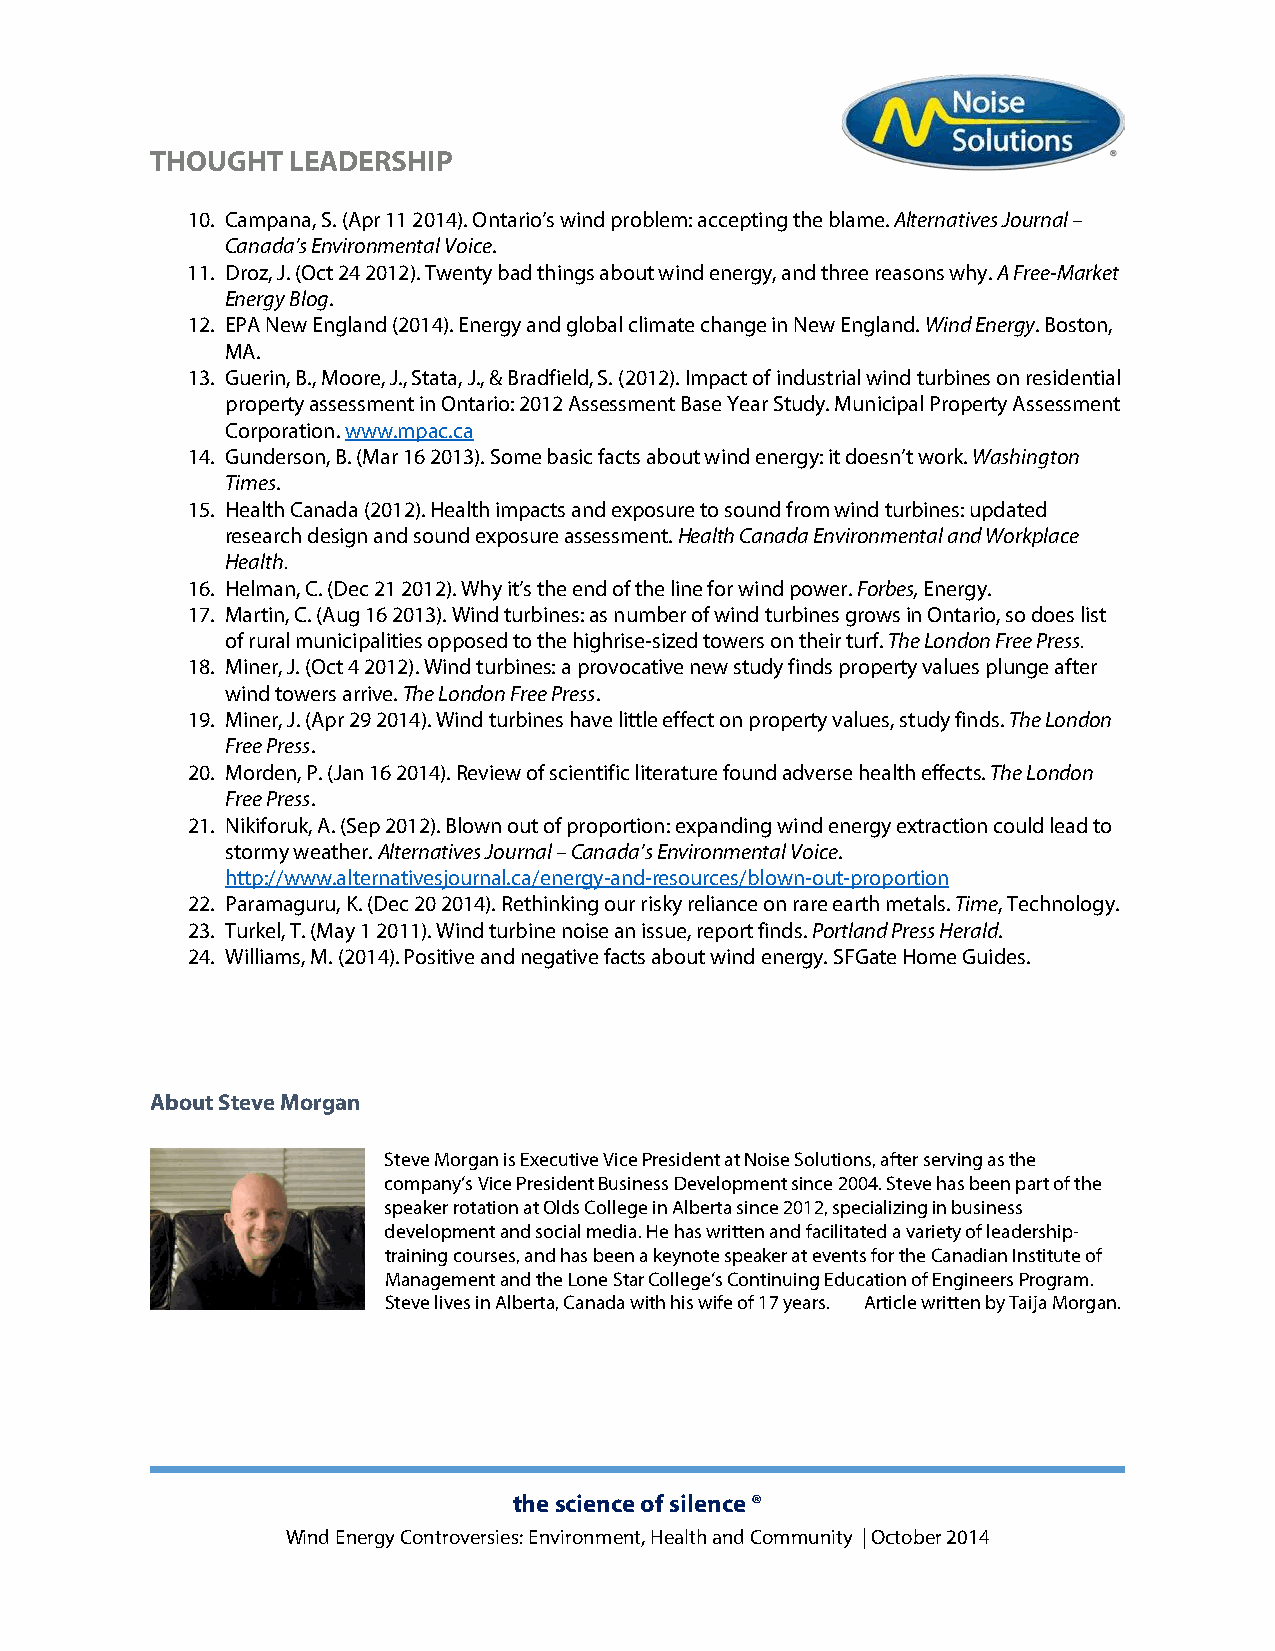
THOUGHT  LEADERSHIP
 10. Campana, S. (Apr 11 2014). Ontario’s wind problem: accepting the blame. Alternatives Journal –
 Canada’s Environmental Voice.
 11. Droz, J. (Oct 24 2012). Twenty bad things about wind energy, and three reasons why. A Free-Market
 Energy Blog.
 12. EPA New England (2014). Energy and global climate change in New England. Wind Energy. Boston,
 MA.
 13. Guerin, B., Moore, J., Stata, J., & Bradfield, S. (2012). Impact of industrial wind turbines on residential
 property assessment in Ontario: 2012 Assessment Base Year Study. Municipal Property Assessment
 Corporation. www.mpac.ca
 14. Gunderson, B. (Mar 16 2013). Some basic facts about wind energy: it doesn’t work. Washington
 Times.
 15. Health Canada (2012). Health impacts and exposure to sound from wind turbines: updated
 research design and sound exposure assessment. Health Canada Environmental and Workplace
 Health.
 16. Helman, C. (Dec 21 2012). Why it’s the end of the line for wind power. Forbes, Energy.
 17. Martin, C. (Aug 16 2013). Wind turbines: as number of wind turbines grows in Ontario, so does list
 of rural municipalities opposed to the highrise-sized towers on their turf. The London Free Press.
 18. Miner, J. (Oct 4 2012). Wind turbines: a provocative new study finds property values plunge after
 wind towers arrive. The London Free Press.
 19. Miner, J. (Apr 29 2014). Wind turbines have little effect on property values, study finds. The London
 Free Press.
 20. Morden, P. (Jan 16 2014). Review of scientific literature found adverse health effects. The London
 Free Press.
 21. Nikiforuk, A. (Sep 2012). Blown out of proportion: expanding wind energy extraction could lead to
 stormy weather. Alternatives Journal – Canada’s Environmental Voice.
 http://www.alternativesjournal.ca/energy-and-resources/blown-out-proportion
 22. Paramaguru, K. (Dec 20 2014). Rethinking our risky reliance on rare earth metals. Time, Technology.
 23. Turkel, T. (May 1 2011). Wind turbine noise an issue, report finds. Portland Press Herald.
 24. Williams, M. (2014). Positive and negative facts about wind energy. SFGate Home Guides.
 About Steve Morgan
 Steve Morgan is Executive Vice President at Noise Solutions, after serving as the
 company’s Vice President Business Development since 2004. Steve has been part of the
 speaker rotation at Olds College in Alberta since 2012, specializing in business
 development and social media. He has written and facilitated a variety of leadership-
 training courses, and has been a keynote speaker at events for the Canadian Institute of
 Management and the Lone Star College’s Continuing Education of Engineers Program.
 Steve lives in Alberta, Canada with his wife of 17 years. Article written by Taija Morgan.
 the science of silence ®
 Wind Energy Controversies: Environment, Health and Community | October 2014